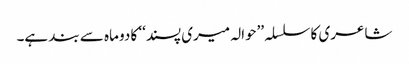
شاعری کا سلسلہ ’’حوالہ میری پسند‘‘ کا دو ماہ سے بند ہے۔